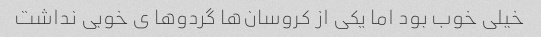
خیلی خوب بود اما یکی از کروسان‌ها گردوها ی خوبی نداشت